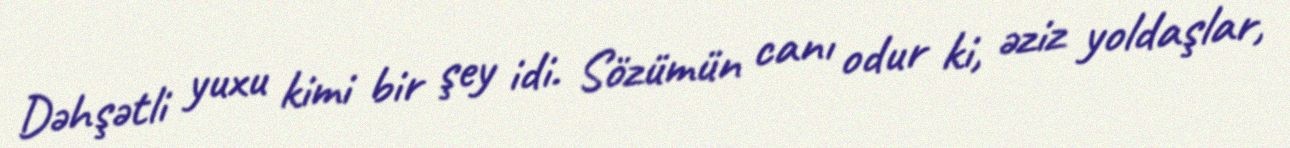
Dəhşətli yuxu kimi bir şey idi. Sözümün canı odur ki, əziz yoldaşlar,